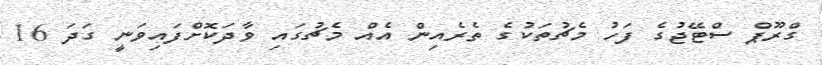
ގްރޫޕް ސްޓޭޖުގެ ފަހު މެޗުތަކުގެ ތެރެއިން އެއް މެޗުގައި ވާދަކޮށްފައިވަނީ ގަދަ 16